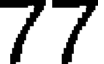
77